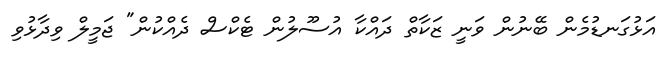
އަޅުގަނޑުމެން ބޭނުން ވަނީ ޒަކާތް ދައްކާ އުސޫލުން ޓެކްސް ދެއްކުން" ޖަމީލް ވިދާޅުވި